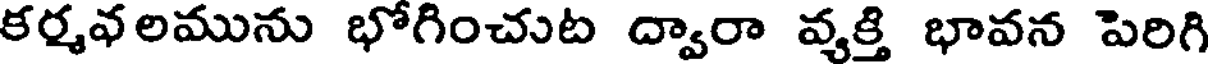
కర్మవలమును భోగించుట ద్వారా వ్యక్తి భావన పెరిగి